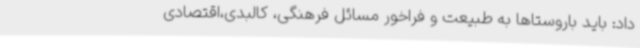
داد: باید باروستاها به طبیعت و فراخور مسائل فرهنگی، کالبدی،اقتصادی